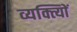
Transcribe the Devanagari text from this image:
व्यक्त्याेिं